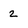
Character: 2